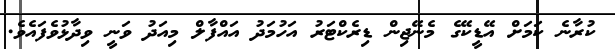
ކުރާނެ ކަމަށް އޭޑީކޭގެ މެނޭޖިން ޑިރެކްޓަރު އަހުމަދު އައްފާލް މިއަދު ވަނީ ވިދާޅުވެފައެވެ.